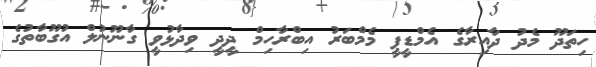
ހިތަދޫ މެދު ދާއިރާގެ އެމްޑީޕީ މެމްބަރު އިބްރާހިމް ދީދީ ވިދާޅުވީ ގާނޫނުލް އުގޫބާތުގެ